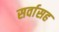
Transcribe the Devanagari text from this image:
सर्वासह